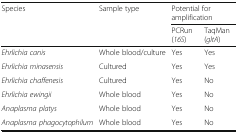
| <ROWSPAN=2> Species | <ROWSPAN=2> Sample type | <COLSPAN=2> Potential for amplification |
 | PCRun (16S) | TaqMan (gltA) |
 | --- | --- | --- | --- |
 | Ehrlichia canis | Whole blood/culture | Yes | Yes |
 | Ehrlichia minasensis | Cultured | Yes | Yes |
 | Ehrlichia chaffenesis | Cultured | Yes | No |
 | Ehrlichia ewingii | Whole blood | Yes | No |
 | Anaplasma platys | Whole blood | Yes | No |
 | Anaplasma phagocytophilum | Whole blood | Yes | No |